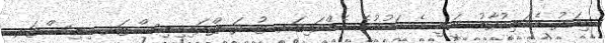
މިއަދު އެމަނިކުފާނު ވަނީ އެ ޤައުމުގެ އެޑްވައިޒަރ ޓު ދަ ޕްރައިމިނިސްޓަރ މިނިސްޓަރ